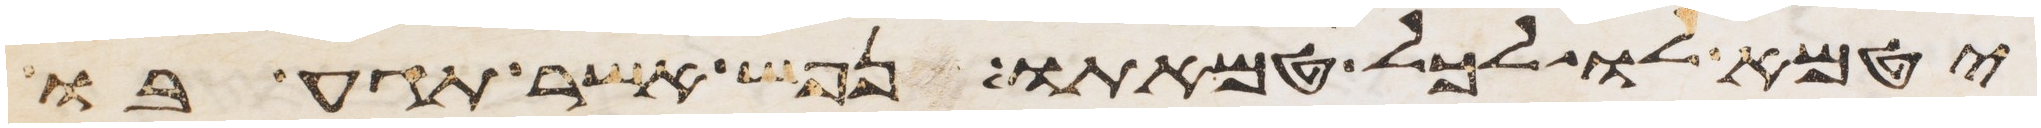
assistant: יטמא לו לכל טמאתו נפש אשר תגע בו